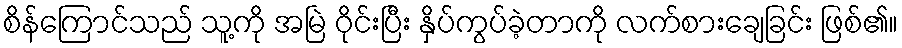
စိန်ကြောင်သည် သူ့ကို အမြဲ ဝိုင်းပြီး နှိပ်ကွပ်ခဲ့တာကို လက်စားချေခြင်း ဖြစ်၏။